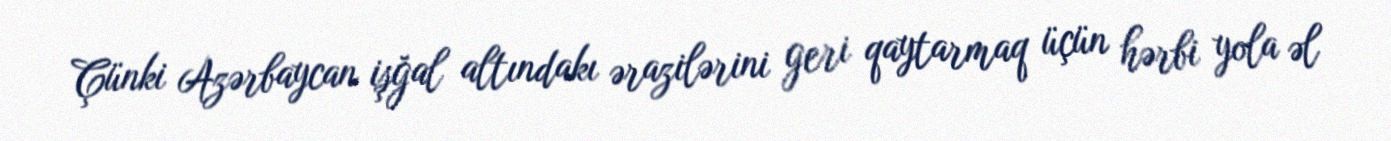
Çünki Azərbaycan işğal altındakı ərazilərini geri qaytarmaq üçün hərbi yola əl